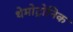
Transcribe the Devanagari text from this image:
थेमोट्रोनिक